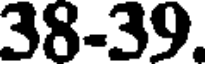
38-39.